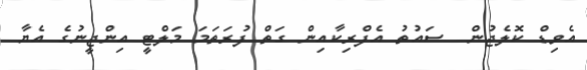
އެވިޑް ކޮލެޖުން  ސައުތު އެފްރިކާއިން ގަތް ފުރަތަމަ މަލްޓީ އިންޖީނުގެ އެޔާ